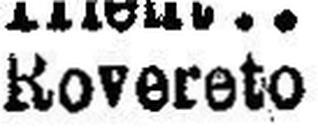
Rovereto